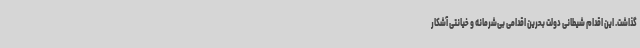
گذاشت. این اقدام شیطانی دولت بحرین اقدامی بی‌شرمانه و خیانتی آشکار